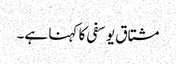
مشتاق یوسفی کا کہنا ہے۔